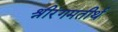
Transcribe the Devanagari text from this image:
श्रीरंगमतीर्थ